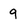
Character: 9